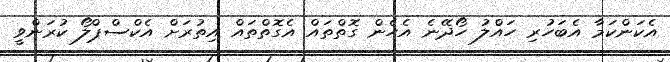
އެކަންކަމާ އެބަހުރި ހައްލު ހޯދޭނެ އެހެން ގޮތްތައް އެގޮތްތައް އިތުރަށް އެކްސްޕްލޯ ކުރަންވީ